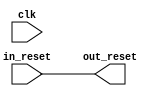
// pr_region_alternate_reset_in.v

// Generated using ACDS version 17.1 240

`timescale 1 ps / 1 ps
module pr_region_alternate_reset_in (
		input  wire  clk,       //       clk.clk
		input  wire  in_reset,  //  in_reset.reset
		output wire  out_reset  // out_reset.reset
	);

	assign out_reset = in_reset;

endmodule